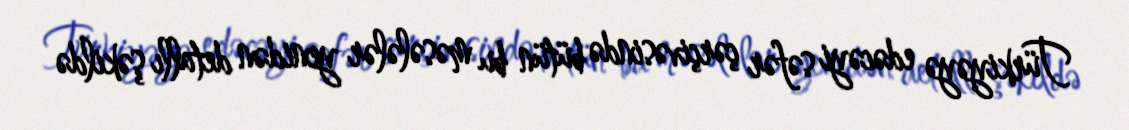
Türkiyəyə edəcəyi səfər çərçivəsində bütün bu məsələlər yenidən detallı şəkildə